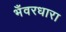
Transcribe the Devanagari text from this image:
भँवरधारा